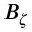
B _ { \zeta }